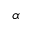
\alpha